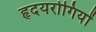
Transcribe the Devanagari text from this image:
हृदयरोगियों